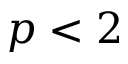
p < 2